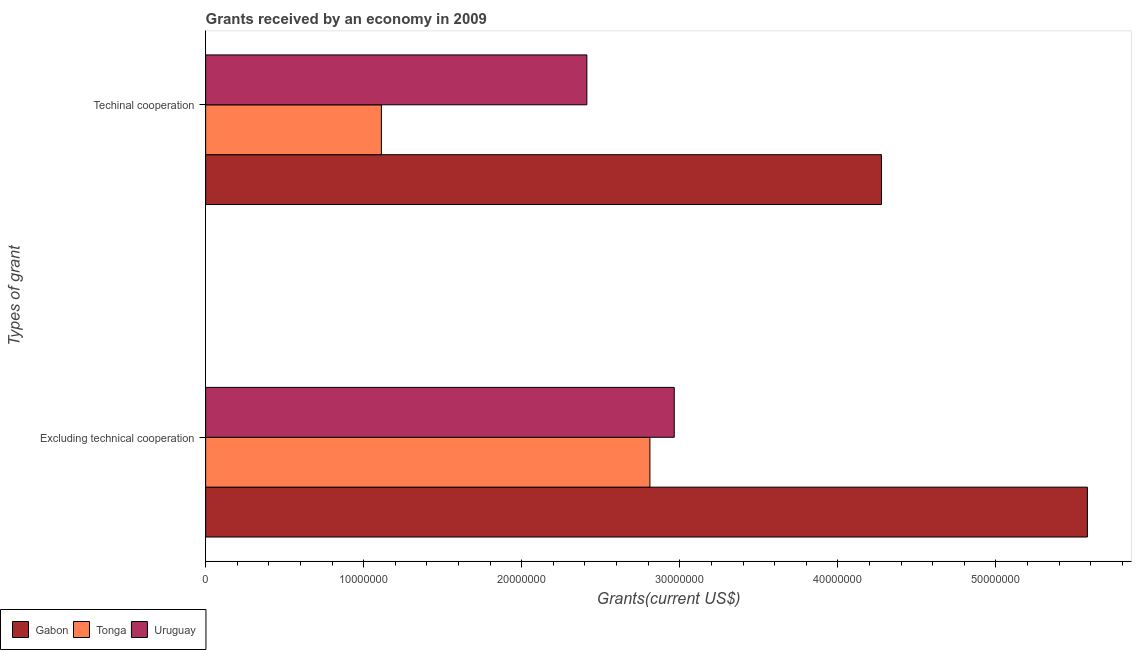
| Types of grant | Gabon | Tonga | Uruguay |
 | --- | --- | --- | --- |
 | Excluding technical cooperation | 5.58e+07 | 2.81e+07 | 2.96e+07 |
 | Techinal cooperation | 4.28e+07 | 1.11e+07 | 2.41e+07 |